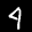
Label: 4